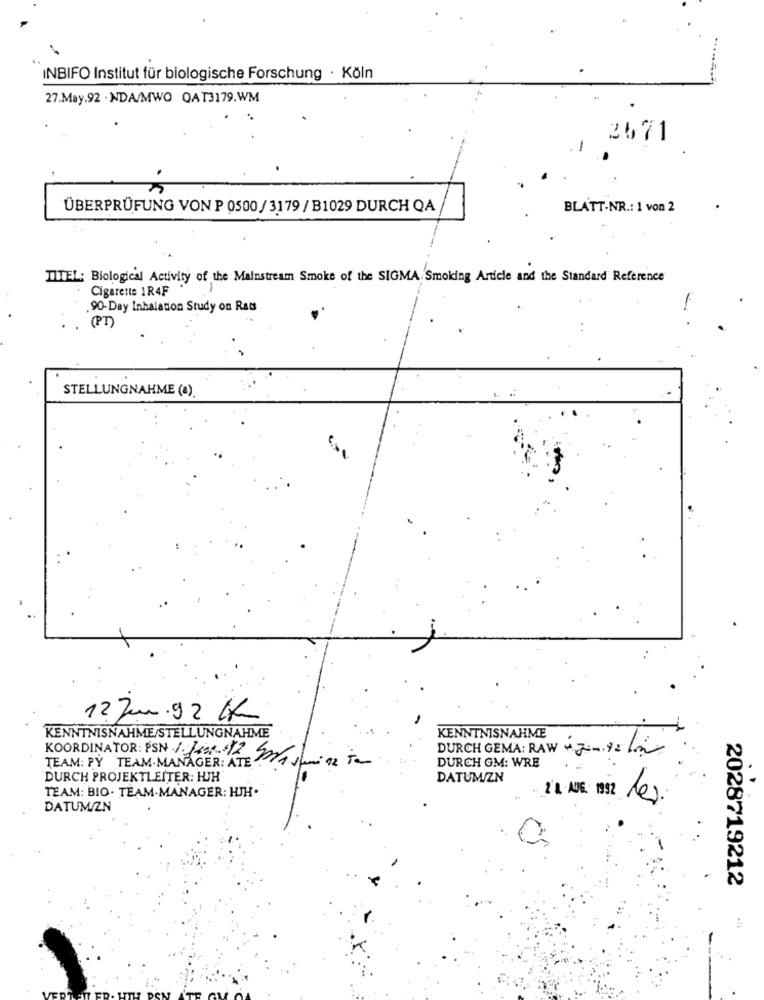
INBIFO Institut für biologische Forschung · Köln
27.May.92 . NDA/MWO QAT3179.WM
3571
-
ÜBERPRÜFUNG VON P 0500/ 3179 / B1029 DURCH QA
BLATT-NR .: 1 von 2
TITEL: Biological Activity of the Mainstream Smoke of the SIGMA Smoking Article and the Standard Reference
Cigarette 1R4F
90-Day Inhalation Study on Rats
(PT)
STELLUNGNAHME (a).
12 jun. 92 KK
KENNTNISNAHME/STELLUNGNAHME
KENNTNISNAHME
DURCH GEMA: RAW + 3 =-= L
KOORDINATOR: PSN 1 June.$12 masami az To
TEAM: PY TEAM.MANAGER: ATE
DURCH GM: WRE
DURCH PROJEKTLEITER: HJH
DATUM/ZN
TEAM: BIO. TEAM-MANAGER: HJH.
2 1. AUG: 1952 Les
DATUM/ZN
2028719212